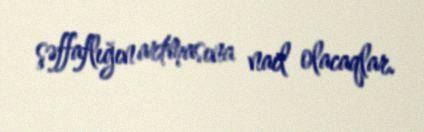
şəffaflığın artmasına nail olacaqlar.